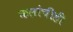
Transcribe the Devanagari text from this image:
कलांचीही